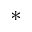
^ *